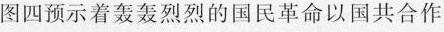
图四预示着轰轰烈烈的国民革命以国共合作